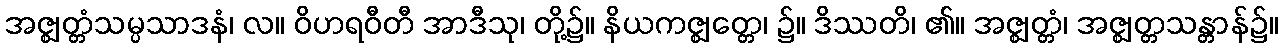
အဇ္ဈတ္တံသမ္ပသာဒနံ၊ လ။ ဝိဟရဝီတီ အာဒီသု၊ တို့၌။ နိယကဇ္ဈတ္တေ၊ ၌။ ဒိဿတိ၊ ၏။ အဇ္ဈတ္တံ၊ အဇ္ဈတ္တသန္တာန်၌။